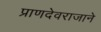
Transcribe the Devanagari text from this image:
प्राणदेवराजाने